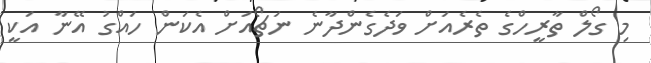
މި ގޯލް ތާރީހްގެ ތެރެއަށް ވަދެގެންދާނެ ނަޗޯއަށް އެކަން ހައްގު އޭނާ އަކީ